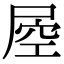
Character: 𡲀